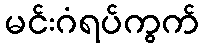
မင်းဂံရပ်ကွက်